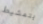
بتمشيط